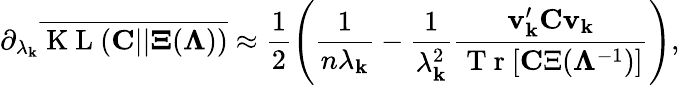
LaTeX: \partial_{\lambda_{\mathbf{k}}}\overline{{{\mathrm{{~K~L~}}({\mathbf{C}}||{\mathbf{\Xi}}({\mathbf{\Lambda}}))}}}\approx\frac{{1}}{{2}}\left(\frac{{1}}{{n\lambda_{\mathbf{k}}}}-\frac{{1}}{{\lambda_{\mathbf{k}}^{2}}}\frac{{{\mathbf{v}}_{\mathbf{k}}^{\prime}{\mathbf{C}}{\mathbf{v}}_{\mathbf{k}}}}{{\mathrm{{~T~r~}}[{\mathbf{C}\Xi}({\mathbf{\Lambda}}^{-1})]}}\right),